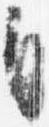
自